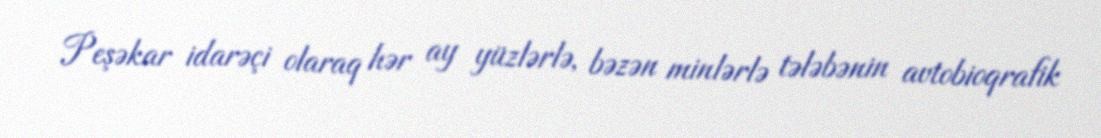
Peşəkar idarəçi olaraq hər ay yüzlərlə, bəzən minlərlə tələbənin avtobioqrafik